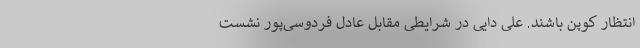
‌انتظار کوپن باشند. علی دایی در شرایطی مقابل عادل فردوسی‌پور نشست